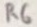
Text: R6